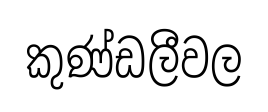
කුණ්ඩලීවල